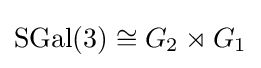
\mathrm {SGal} (3)\cong G_{2}\rtimes G_{1}